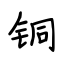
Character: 铜